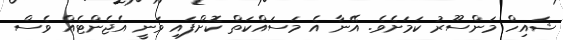
ޝައިހް މަންސޫރު ކަމަށެވެ. އޭނާ އެ މަސައްކަތް ކޮށްފައި ވަނީ އެޖެންޓެއް ވެސް